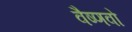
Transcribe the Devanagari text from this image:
वैष्‍णवो